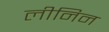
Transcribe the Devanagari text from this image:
लीनिन